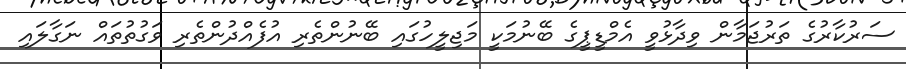
ސަރުކާރުގެ ތަރުޖަމާން ވިދާޅުވީ އެމްޑީޕީގެ ބޭނުމަކީ މަޖިލީހުގައި ބޭނުންތެރި އުފެއްދުންތެރި ވަގުތުތައް ނަގާލައި